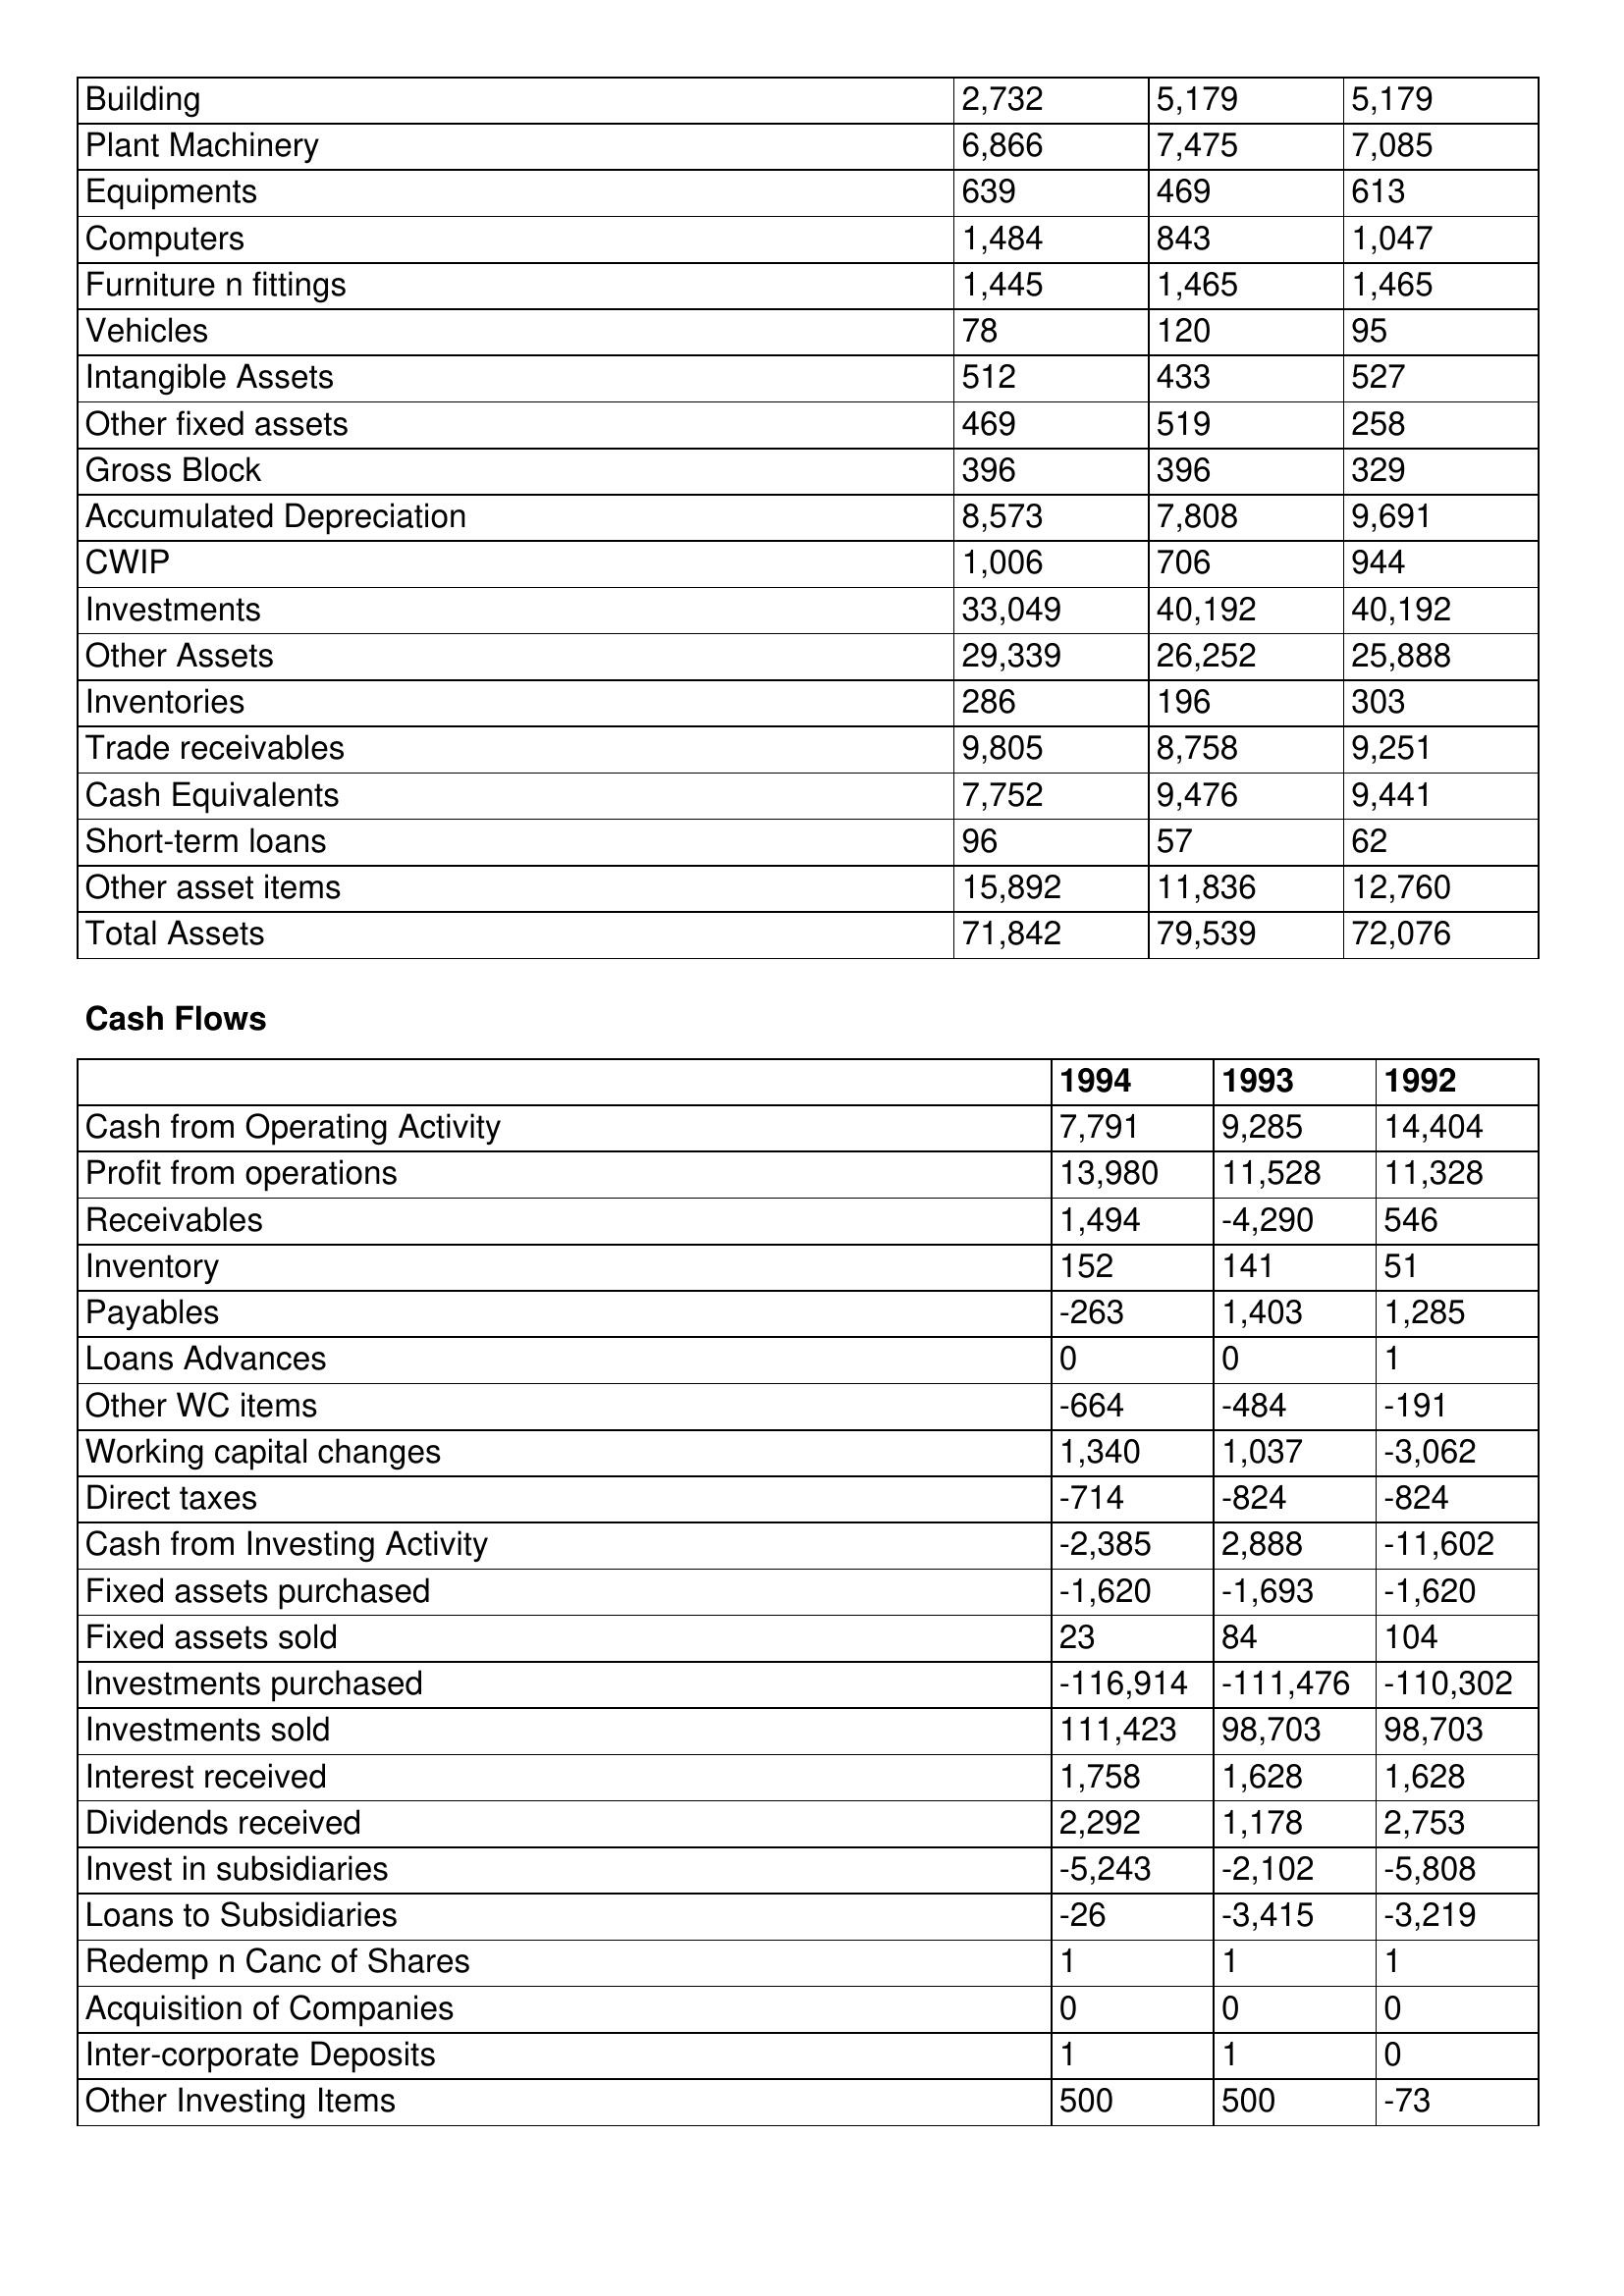
gt_parse: 1994: Balance Sheet: Building: 2,732
Plant Machinery: 6,866
Equipments: 639
Computers: 1,484
Furniture n fittings: 1,445
Vehicles: 78
Intangible Assets: 512
Other fixed assets: 469
Gross Block: 396
Accumulated Depreciation: 8,573
CWIP: 1,006
Investments: 33,049
Other Assets: 29,339
Inventories: 286
Trade receivables: 9,805
Cash Equivalents: 7,752
Short-term loans: 96
Other asset items: 15,892
Total Assets: 71,842
Cash Flows: Cash from Operating Activity: 7,791
Profit from operations: 13,980
Receivables: 1,494
Inventory: 152
Payables: -263
Loans Advances: 0
Other WC items: -664
Working capital changes: 1,340
Direct taxes: -714
Cash from Investing Activity: -2,385
Fixed assets purchased: -1,620
Fixed assets sold: 23
Investments purchased: -116,914
Investments sold: 111,423
Interest received: 1,758
Dividends received: 2,292
Invest in subsidiaries: -5,243
Loans to Subsidiaries: -26
Redemp n Canc of Shares: 1
Acquisition of Companies: 0
Inter-corporate Deposits: 1
Other Investing Items: 500
1993: Balance Sheet: Building: 5,179
Plant Machinery: 7,475
Equipments: 469
Computers: 843
Furniture n fittings: 1,465
Vehicles: 120
Intangible Assets: 433
Other fixed assets: 519
Gross Block: 396
Accumulated Depreciation: 7,808
CWIP: 706
Investments: 40,192
Other Assets: 26,252
Inventories: 196
Trade receivables: 8,758
Cash Equivalents: 9,476
Short-term loans: 57
Other asset items: 11,836
Total Assets: 79,539
Cash Flows: Cash from Operating Activity: 9,285
Profit from operations: 11,528
Receivables: -4,290
Inventory: 141
Payables: 1,403
Loans Advances: 0
Other WC items: -484
Working capital changes: 1,037
Direct taxes: -824
Cash from Investing Activity: 2,888
Fixed assets purchased: -1,693
Fixed assets sold: 84
Investments purchased: -111,476
Investments sold: 98,703
Interest received: 1,628
Dividends received: 1,178
Invest in subsidiaries: -2,102
Loans to Subsidiaries: -3,415
Redemp n Canc of Shares: 1
Acquisition of Companies: 0
Inter-corporate Deposits: 1
Other Investing Items: 500
1992: Balance Sheet: Building: 5,179
Plant Machinery: 7,085
Equipments: 613
Computers: 1,047
Furniture n fittings: 1,465
Vehicles: 95
Intangible Assets: 527
Other fixed assets: 258
Gross Block: 329
Accumulated Depreciation: 9,691
CWIP: 944
Investments: 40,192
Other Assets: 25,888
Inventories: 303
Trade receivables: 9,251
Cash Equivalents: 9,441
Short-term loans: 62
Other asset items: 12,760
Total Assets: 72,076
Cash Flows: Cash from Operating Activity: 14,404
Profit from operations: 11,328
Receivables: 546
Inventory: 51
Payables: 1,285
Loans Advances: 1
Other WC items: -191
Working capital changes: -3,062
Direct taxes: -824
Cash from Investing Activity: -11,602
Fixed assets purchased: -1,620
Fixed assets sold: 104
Investments purchased: -110,302
Investments sold: 98,703
Interest received: 1,628
Dividends received: 2,753
Invest in subsidiaries: -5,808
Loans to Subsidiaries: -3,219
Redemp n Canc of Shares: 1
Acquisition of Companies: 0
Inter-corporate Deposits: 0
Other Investing Items: -73